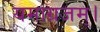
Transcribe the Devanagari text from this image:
यमाग्रजम्।